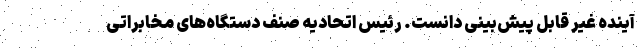
آینده غیر قابل پیش‌بینی دانست. رئیس اتحادیه صنف دستگاه‌های مخابراتی